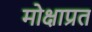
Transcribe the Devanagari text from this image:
मोक्षाप्रत